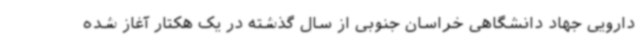
دارویی جهاد دانشگاهی خراسان جنوبی از سال گذشته در یک هکتار آغاز شده